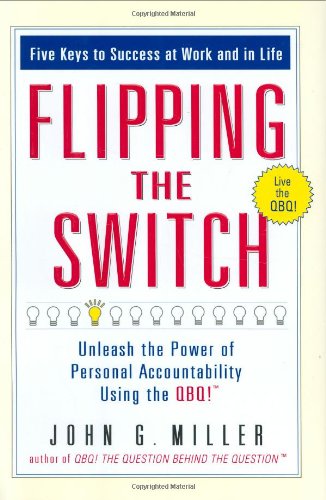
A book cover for Flipping the Switch: Unleash the Power of Personal Accountability Using the QBQ!; John G. Miller; Business & Money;